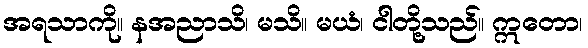
အရသာကို။ နအညာသိ၊ မသိ။ မယံ၊ ငါတို့သည်။ ဣတော၊